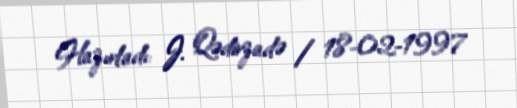
Hazırladı: J. Qədirzadə / 18-02-1997